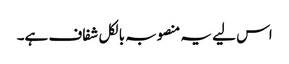
اس لیے یہ منصوبہ بالکل شفاف ہے۔